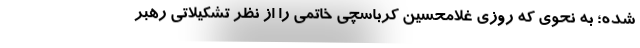
شده؛ به نحوی که روزی غلامحسین کرباسچی خاتمی را از نظر تشکیلاتی رهبر